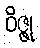
ဝိဇ္ဇု